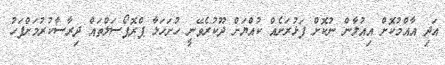
އަދި އާއްމުކޮށް އިއުލާން ނުކޮށް ފަޅުރަށެއް ކުއްޔަށް ދޫކުރެވޭނީ ހުށަހަޅާ ޕްރޮޕޯސަލްތައް ދިިރާސާކުރުމަށްފަހު